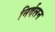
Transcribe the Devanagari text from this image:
निर्दलन